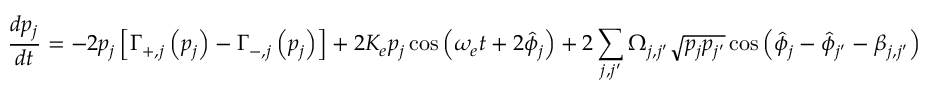
\frac { d p _ { j } } { d t } = - 2 p _ { j } \left[ \Gamma _ { + , j } \left( p _ { j } \right) - \Gamma _ { - , j } \left( p _ { j } \right) \right] + 2 K _ { e } p _ { j } \cos \left( \omega _ { e } t + 2 \hat { \phi } _ { j } \right) + 2 \sum _ { j , j ^ { \prime } } \Omega _ { j , j ^ { \prime } } \sqrt { p _ { j } p _ { j ^ { \prime } } } \cos \left( \hat { \phi } _ { j } - \hat { \phi } _ { j ^ { \prime } } - \beta _ { j , j ^ { \prime } } \right)